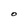
Character: O